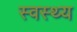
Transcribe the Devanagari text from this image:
स्‍वस्‍थ्‍य